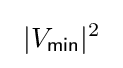
\ |V_{\mathsf {min}}|^{2}\